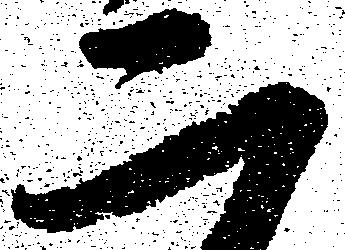
二